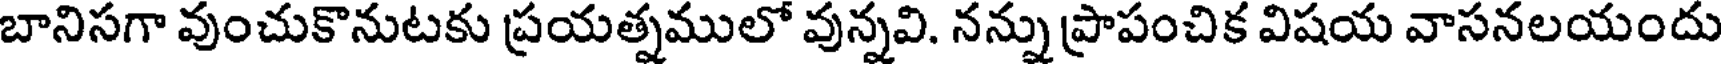
బానిసగా వుంచుకొనుటకు ప్రయత్నములో వున్నవి. నన్ను ప్రాపంచిక విషయ వాసనలయందు